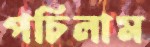
পচিলাম